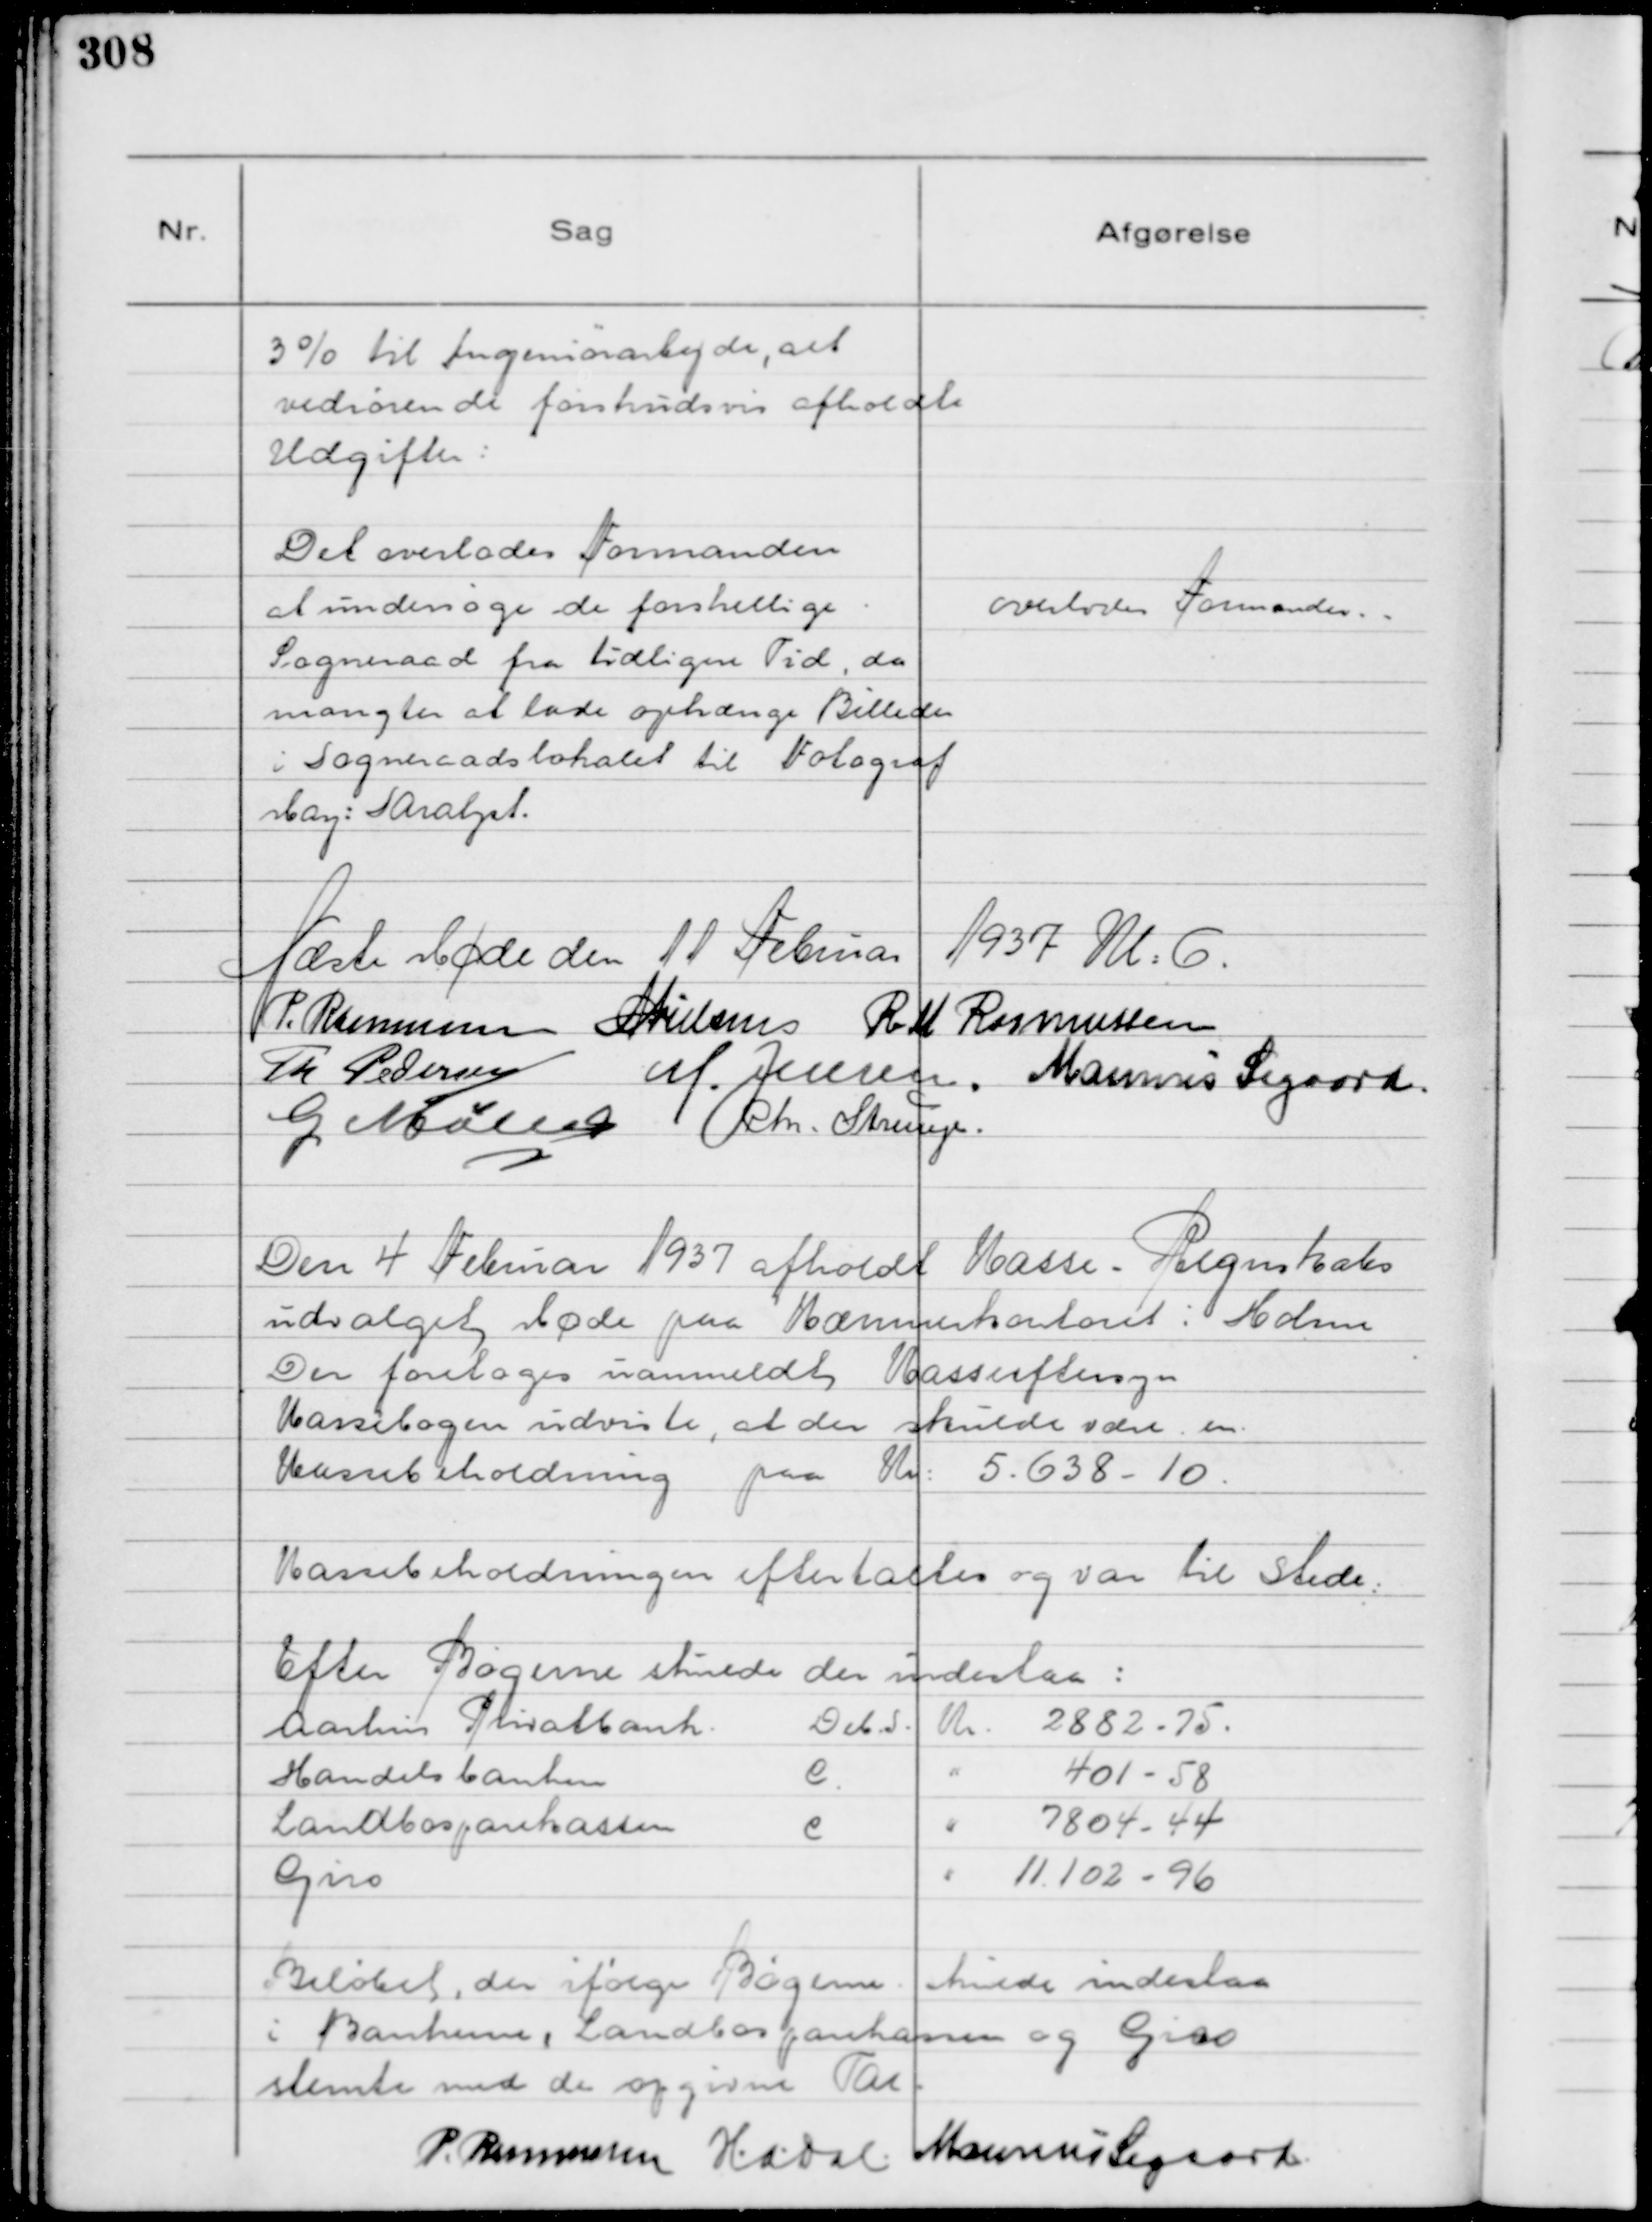
Transskription:
3% til Ingeniørarbejde, alt
vedrørende de for forskudsvis afholdte
Udgifter :

Det overlodes Formanden
at undersøge de forskellige
Sogneraad fra tidligere Tid, der
mangler at lade ophænge Billeder
i Sogneraadslokalet til Fotograf
May: Saralyst.

overlodes Formanden. .

Næste Møde den 11 Februar 1937 Kl: 6.
P. Rasmussen
N Nielsen
R M Rasmussen
Th Pedersen
M. Jensen.
Marinus Sigaard
G Møller
Chr. Strunge.

Den 4 Februar 1937 afholdt Kasse- Regnskabs
udvalget Møde paa Kæmnerkontoret i Holme
Der foretoges uanmeldt Kasseeftersyn
Kassebogen udviste, at der skulde være en
Kassebeholdning paa Kr: 5.638 - 10.

Kassebeholdningen eftertaltes og var til Stede:

Efter Bøgerne skulde der indestaa :
Aarhus Privatbank
Deb.S.
Kr. 2882 - 75.
Handelsbanken
C.
" 401 - 58
Landbosparekassen
C
" 7804 - 44
Giro
" 11.102 - 96
Beløbet, der ifølge Bøgerne skulde indestaa
i Bankerne, Landbosparekassen og Giro
stemte med de opgivne Tal.

P. Rasmussen
H.a.dal.
Marinus Sigaard